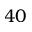
4 0